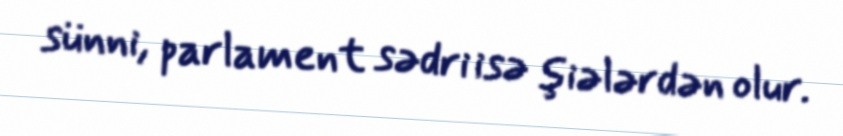
sünni, parlament sədri isə şiələrdən olur.